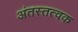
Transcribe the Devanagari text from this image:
अंतस्तत्वक